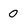
Character: 0